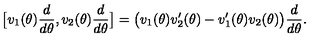
\big [ v _ { 1 } ( \theta ) \frac { d } { d \theta } , v _ { 2 } ( \theta ) \frac { d } { d \theta } \big ] = \big ( v _ { 1 } ( \theta ) v _ { 2 } ^ { \prime } ( \theta ) - v _ { 1 } ^ { \prime } ( \theta ) v _ { 2 } ( \theta ) \big ) \frac { d } { d \theta } .